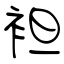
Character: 袒